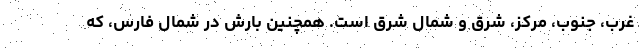
غرب، جنوب، مرکز، شرق و شمال شرق است. همچنین بارش در شمال فارس، که